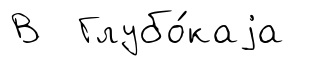
В Глубо́каjа